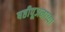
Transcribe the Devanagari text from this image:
षष्ठीपूजनाच्या